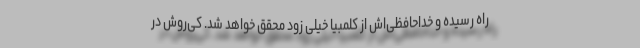
راه رسیده و خداحافظی‌اش از کلمبیا خیلی زود محقق خواهد شد. کی‌روش در